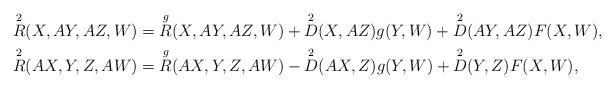
LaTeX: \begin{align*}\overset{2}{R} (X,AY,AZ,W) & = \overset{g}{R} (X,AY,AZ,W) + \overset{2}{D} (X,AZ)g(Y,W) + \overset{2}{D} (AY,AZ)F(X,W), \\\overset{2}{R} (AX,Y,Z,AW) & = \overset{g}{R} (AX,Y,Z,AW) - \overset{2}{D} (AX,Z)g(Y,W) + \overset{2}{D} (Y,Z)F(X,W),\end{align*}